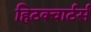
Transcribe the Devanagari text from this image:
हिटक्वार्टर्स